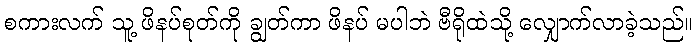
စကားလက် သူ့ ဖိနပ်စုတ်ကို ချွတ်ကာ ဖိနပ် မပါဘဲ ဗီရိုထဲသို့ လျှောက်လာခဲ့သည်။